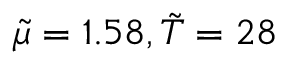
\tilde { \mu } = 1 . 5 8 , \tilde { T } = 2 8